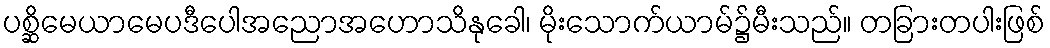
ပစ္ဆိမေယာမေပဒီပေါအညောအဟောသိနုခေါ၊ မိုးသောက်ယာမ်၌မီးသည်။ တခြားတပါးဖြစ်